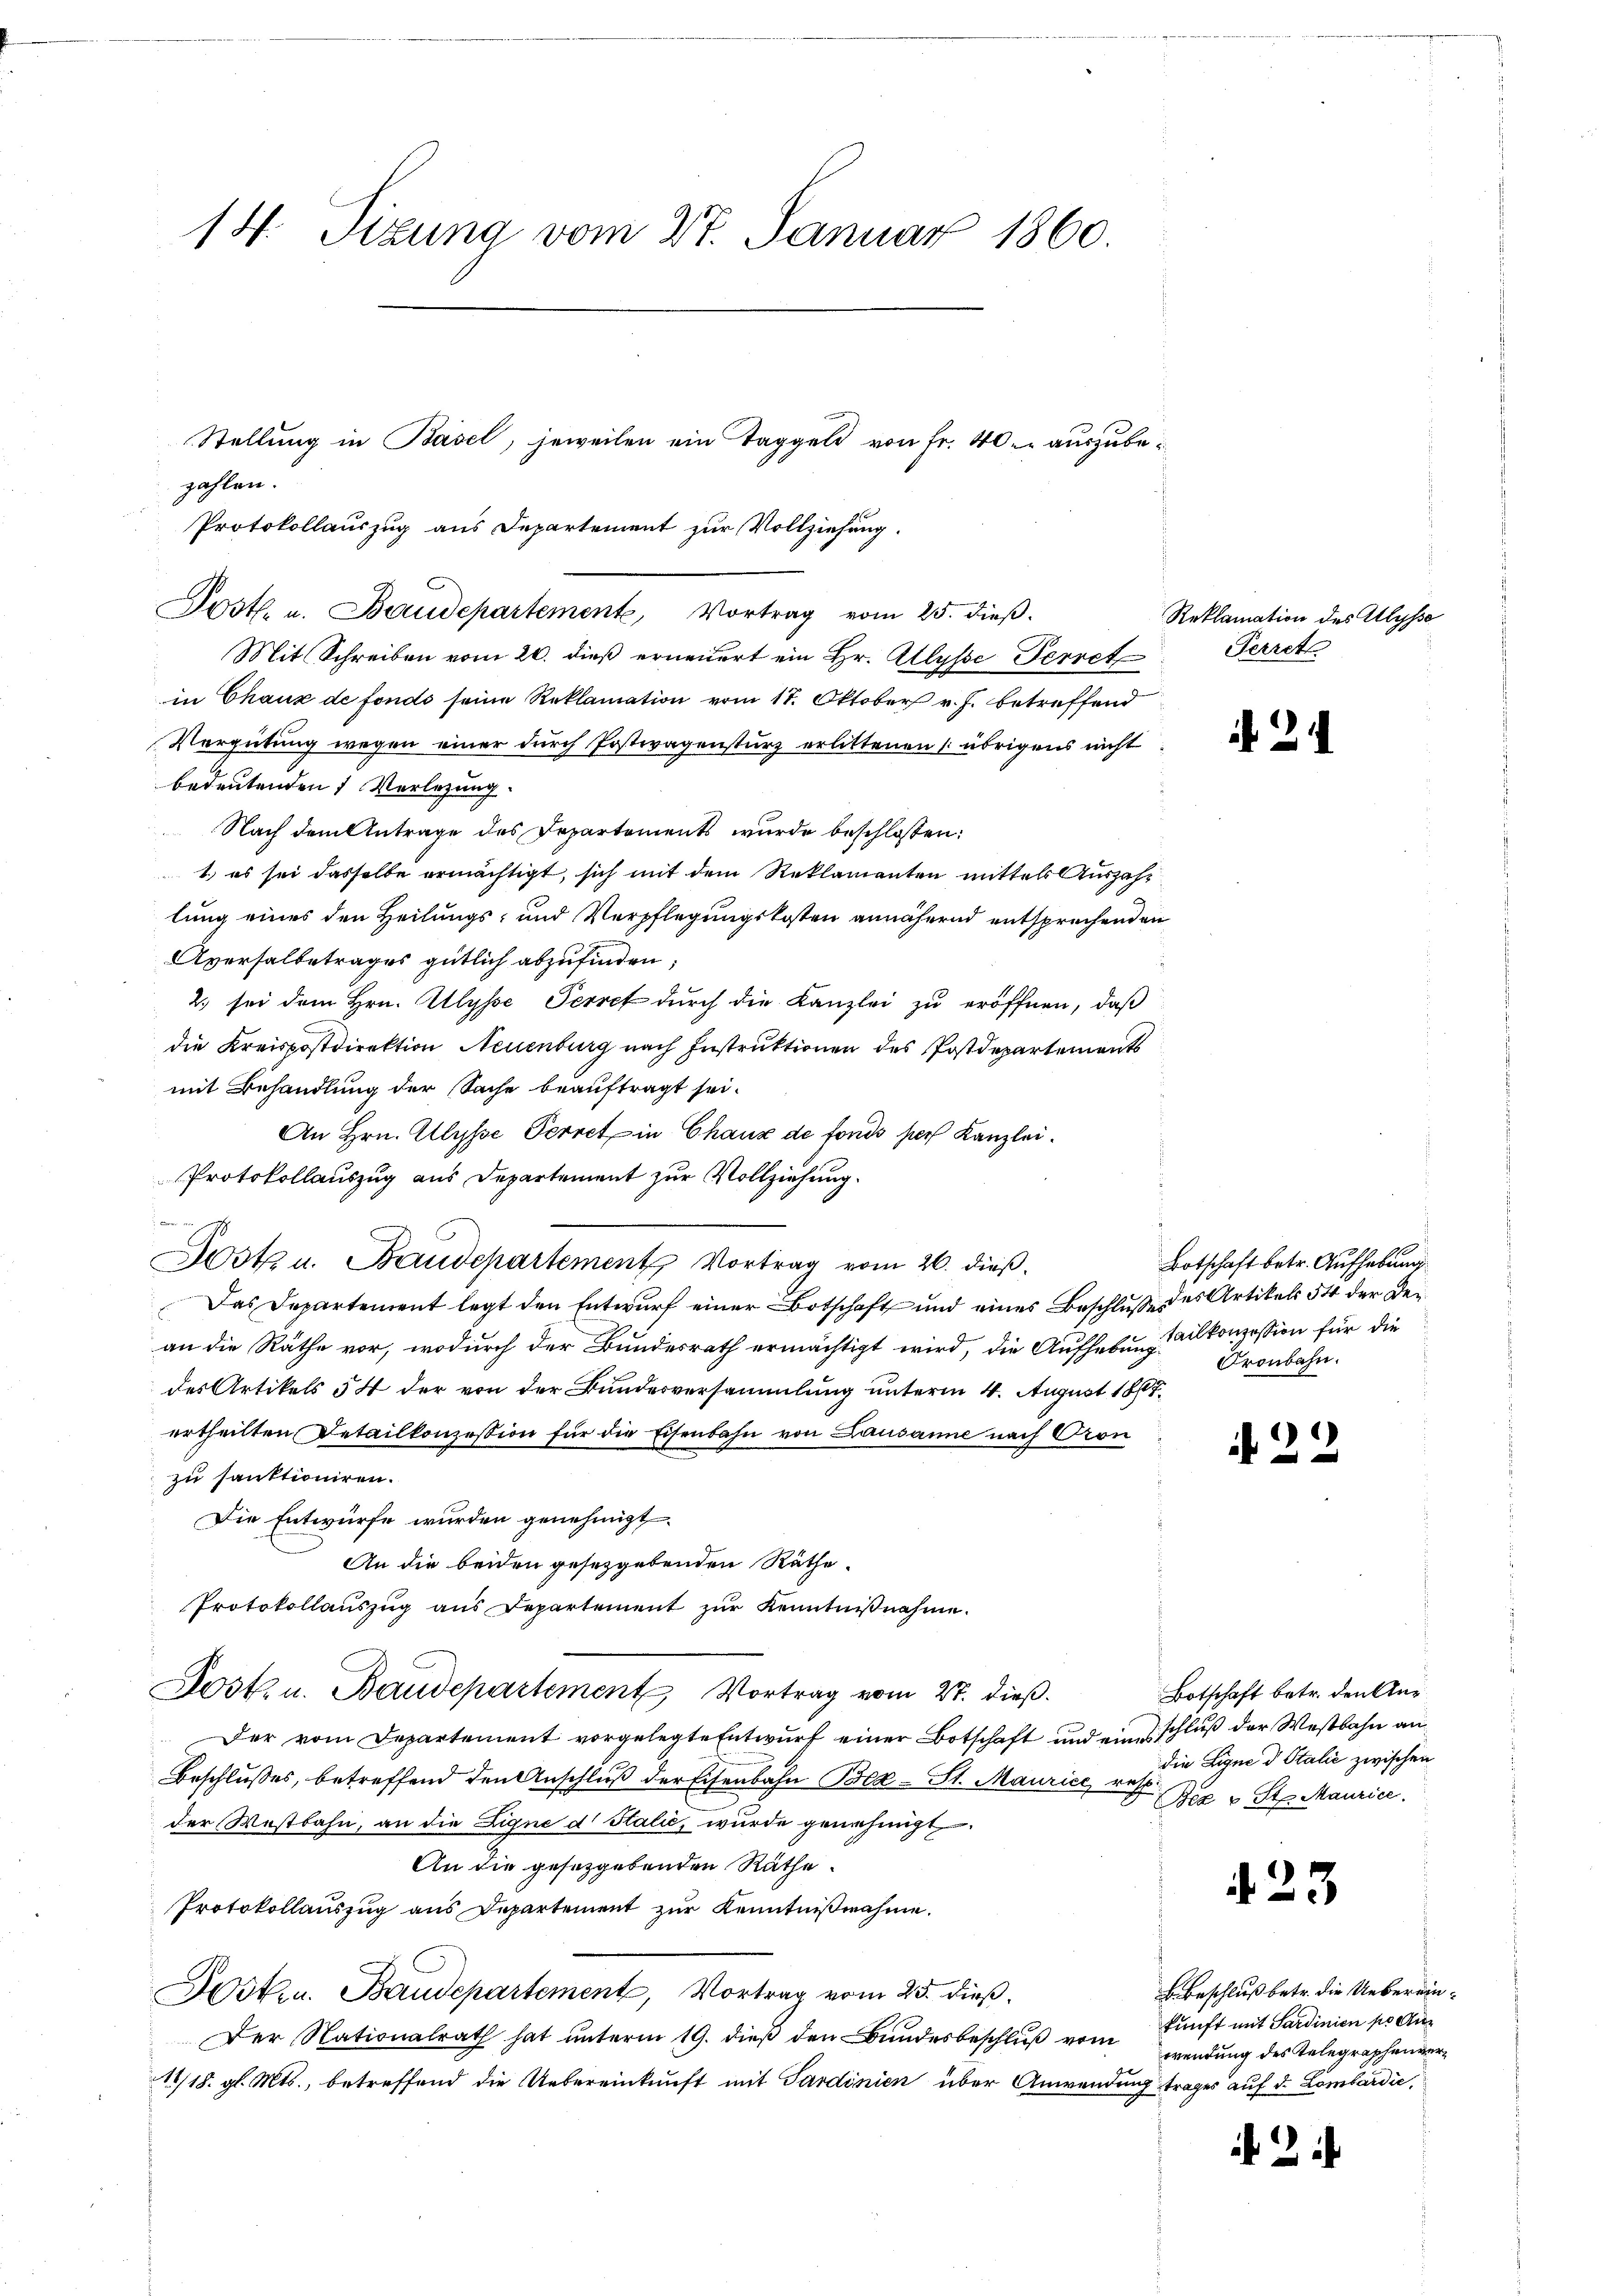
14. Sitzung vom 27. Januar 1860.

Post. u. Baudepartement, Vortrag vom 25. dieß.
Mit Schreiben vom 20. dieß erneuert ein Hr. Allysse Perret

in Chaux de fonds seine Reklamation vom 17. Oktober v. J. betreffend
Vergütung wegen einer durch Postwagensturz erlittenen (: übrigens nicht
bedeutenden 1 Verlegung.
Nach dem Antrage des Departements wurde beschlossen:
1.) es sei dasselbe ermächtigt, sich mit dem Reklamanten mittels Auszahlung eines den Heilungs- und Verpflegungskosten annähernd entsprechenden
Aversalbetrages gütlich abzufinden,
2. sei dem Hrn. Allysse Perref durch die Kanzlei zu eröffnen, daß
die Kreispostdirektion Neuenburg nach Instruktionen des Postdepartements
mit Behandlung der Sache beauftragt sei.
An Hrn. Alysse Perret in Chaux de fonds ser Kanzlei.
Protokollauszug aus Departement zur Vollziehung.
Hotz u. Baudepartement Vortrag vom 26. dieß,
Das Departement legt den Entwurf einer Botschaft und eines Beschluße des Artikels 54 der Dean die Räthe vor, wodurch der Bundesrath ermächtigt wird, die Aufhebung alkonzession für die
des Artikels 54 der von der Bundesversammlung unterm 4. August 1867,
ertheilten Detailkonzession für die Eisenbahn von Lausanne nach Gron
zu sanktioniren.
Die Entwürfe wurden genehmigt
An die beiden gesetzgebenden Räthe
Protokollauszug aus Departement zur Kenntnißnahme.
Post u. Baudepartement Vortrag vom 27. dieß.
Der vom Departement vorgelegte Entwurf einer Botschaft und einschluß der Westbahn an¬
Beschlußes, betreffend den Anschluß der Eisenbahn Bez-St. Maurice u. die Lini d. Stalić zwischen
der Westbahn, an die Eigne d. Stalić, wurde genehmigt
An die gesetzgebenden Räthe.
Protokollauszug aus Departement zur Kenntnißnahme.
Jst.u. Baudepartement, Vortrag vom 25. dieß,
Der Nationalrath hat unterm 19. dieß den Bundesbeschluß vom Zunft mit Sardinien po dur
11/18. gl. Mts., betreffend die Uebereinkunft mit Sardinien über Anwendung trages auf d. Lombardić,

zahlen.

Stellung in Basel, jeweilen ein Taggeld von Fr. 40. auszube¬
Protokollauszug aus Departement zur Vollziehung.

Reklamation des Ulysse
Perret

i. 2

Botschaft betr. Aufhebung
Pronbahn.

d. 22

Botschaft betr. den An¬
Bez u St. Maurice.

423

Beschluß betr. die Uebereinwendung des Telegraphenver¬

2